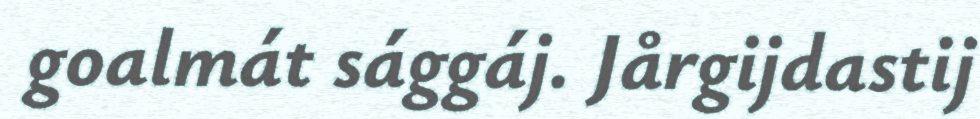
goalmát sággáj. Jårgijdastij